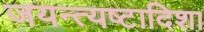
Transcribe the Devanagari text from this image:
जयन्त्यष्टादिशा